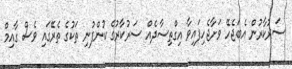
ސަރުކާރުން އެބަޖެހޭ ވަށާޖެހިފައިވާ އިގްތިސާދެއް ސަރުކާރުގެ ކުންފުނި ތަކުގެ ތެރޭގައި ވެސް ގާއިމް